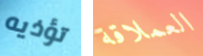
تؤذيه العملاقة